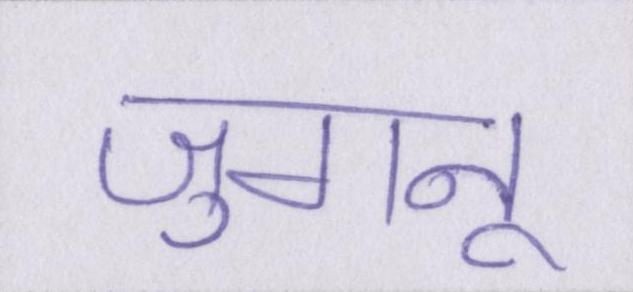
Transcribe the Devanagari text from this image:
जुगनू